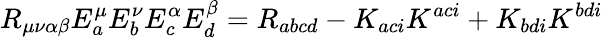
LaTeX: R_{\mu\nu\alpha\beta}E_{a}^{\mu}E_{b}^{\nu}E_{c}^{\alpha}E_{d}^{\beta}=R_{abcd}-K_{aci}K^{aci}+K_{bdi}K^{bdi}